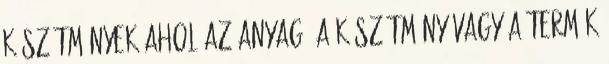
készítmények ahol az anyag, a készítmény vagy a termék